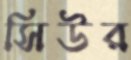
সিউর